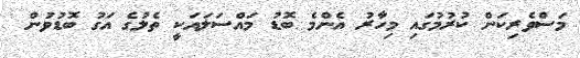
މަސްވެރިކަން ކުރުމުގައި މިހާރު އެންމެ ބޮޑު މައްސަލައަކީ ތެލުގެ އަގު ބޮޑުވުން